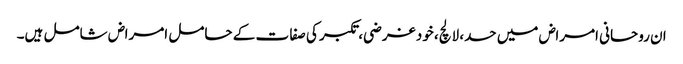
ان روحانی امراض میں حسد، لالچ، خود غرضی، تکبر کی صفا ت کے حامل امراض شامل ہیں۔